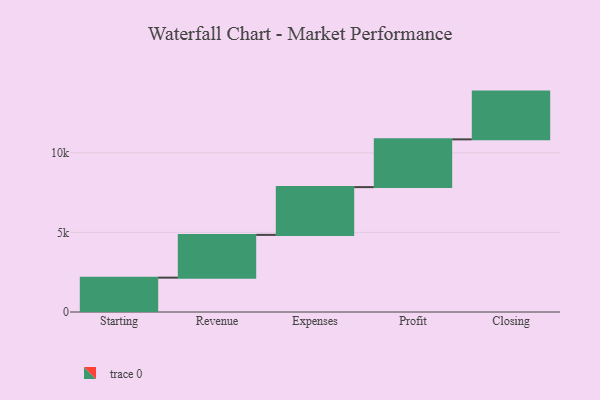
{"axis": {"x": "Step", "y": "Value"}, "legend": [""], "data": [{"x": "Starting", "y": 2158.0, "type": ""}, {"x": "Revenue", "y": 2686.0, "type": ""}, {"x": "Expenses", "y": 3000, "type": ""}, {"x": "Profit", "y": 3000, "type": ""}, {"x": "Closing", "y": 3000, "type": ""}]}